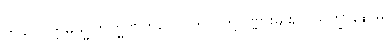
ဘခင်။ ဣမသ္မိံဗြာဟ္မဏကုလေ၊ ဤငါတို့ပုဏ္ဏားမျိုး၌။ သိက္ခာနိနာမ၊